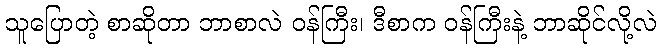
သူပြောတဲ့ စာဆိုတာ ဘာစာလဲ ဝန်ကြီး၊ ဒီစာက ဝန်ကြီးနဲ့ ဘာဆိုင်လို့လဲ